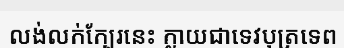
លង់លក់ក្បែរនេះ ក្លាយជាទេវបុត្រទេព